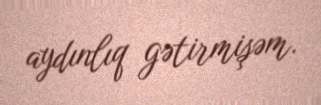
aydınlıq gətirmişəm.